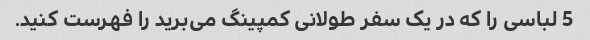
5 لباسی را که در یک سفر طولانی کمپینگ می‌برید را فهرست کنید.